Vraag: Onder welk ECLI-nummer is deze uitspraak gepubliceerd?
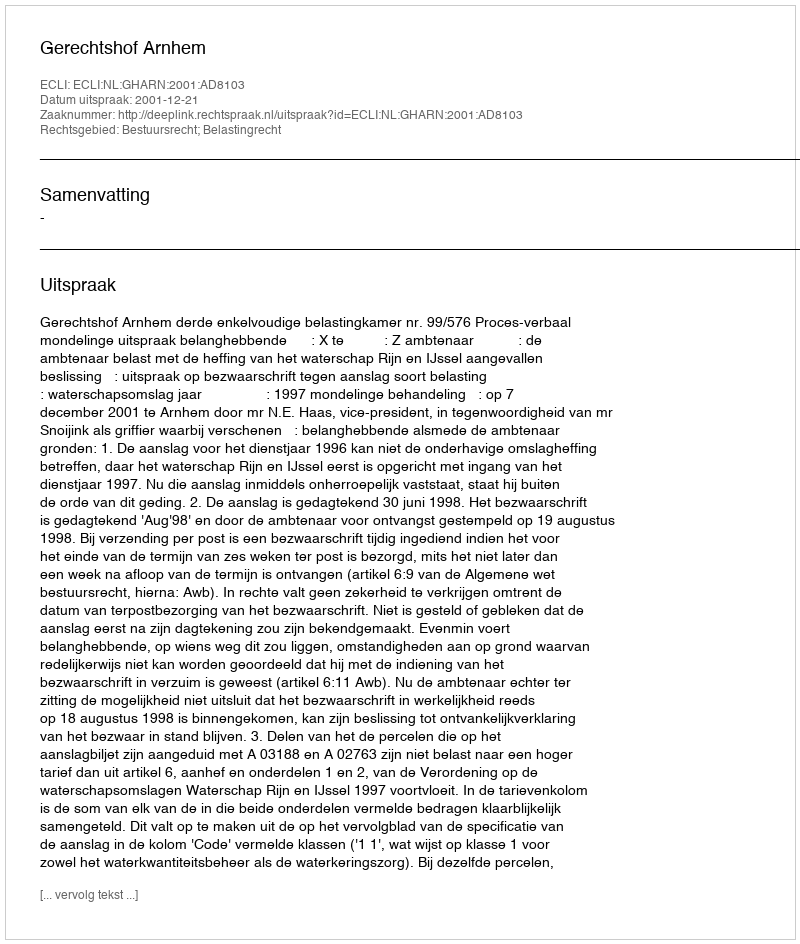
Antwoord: ECLI:NL:GHARN:2001:AD8103